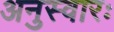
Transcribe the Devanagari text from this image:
अनुस्वारः